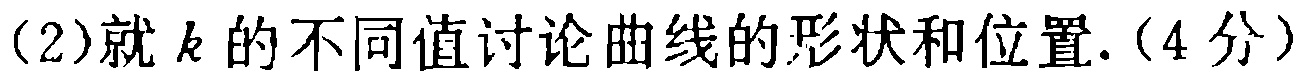
(2)就\(k\)的不同值讨论曲线的形状和位置.(4分)